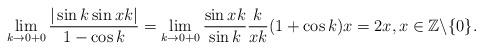
LaTeX: \begin{align*}\lim _{k\to 0+0}\frac{|\sin k\sin xk|}{1-\cos k}&=\lim _{k\to 0+0}\frac{\sin xk}{\sin k}\frac{k}{xk}(1+\cos k)x=2x,x\in {\mathbb Z}\backslash \{0\}.\end{align*}